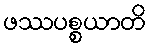
ဖဿပစ္စယာတိ